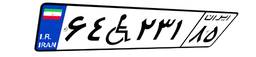
۶۴W۲۳۱۸۵